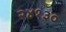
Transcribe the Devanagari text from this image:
२४१३०